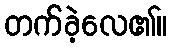
တက်ခဲ့လေ၏။